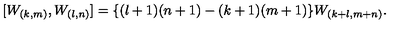
[ W _ { ( k , m ) } , W _ { ( l , n ) } ] = \{ ( l + 1 ) ( n + 1 ) - ( k + 1 ) ( m + 1 ) \} W _ { ( k + l , m + n ) } .